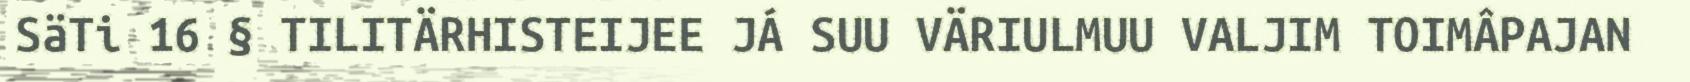
SäTi 16 § TILITÄRHISTEIJEE JÁ SUU VÄRIULMUU VALJIM TOIMÂPAJAN